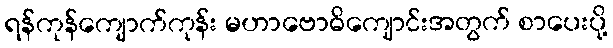
ရန်ကုန်ကျောက်ကုန်း မဟာဗောဓိကျောင်းအတွက် စာပေးပို့